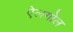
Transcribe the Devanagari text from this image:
ऐलगोल